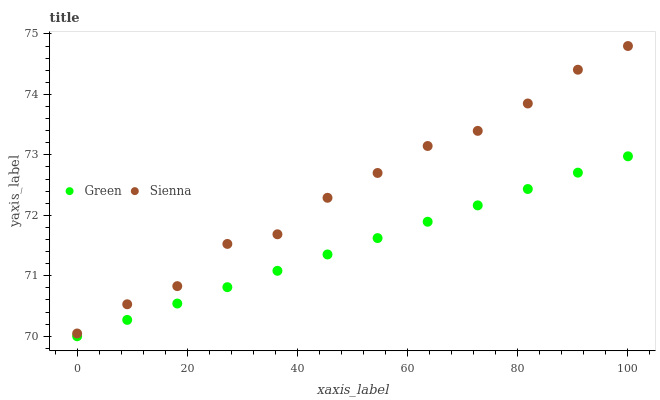
| xaxis_label | Green | Sienna |
 | --- | --- | --- |
 | 0 | 70 | 70 |
 | 9.09 | 70.3 | 70.5 |
 | 18.2 | 70.5 | 70.8 |
 | 27.3 | 70.8 | 71.5 |
 | 36.4 | 71.1 | 71.7 |
 | 45.5 | 71.4 | 72.3 |
 | 54.5 | 71.6 | 72.7 |
 | 63.6 | 71.9 | 73.1 |
 | 72.7 | 72.2 | 73.4 |
 | 81.8 | 72.4 | 73.8 |
 | 90.9 | 72.7 | 74.4 |
 | 100 | 73 | 74.8 |